Scottish Certificate of Education, 1962
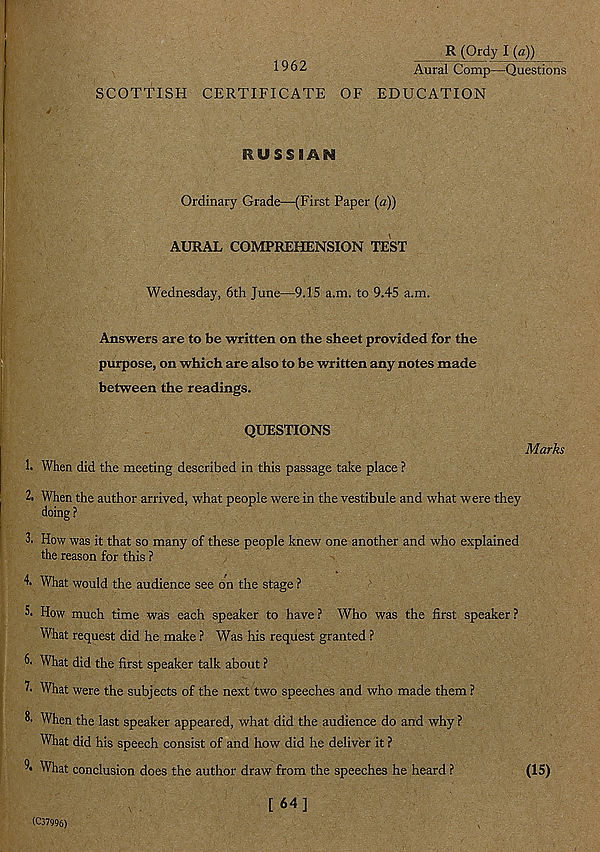
R (Ordy I (a)) _
1962
Aural Comp—Questions
SCOTTISH CERTIFICATE OF EDUCATION
RUSSIAN
Ordinary Grade—(First Paper (a))
AURAL COMPREHENSION TEST
Wednesday, 6th June—9.15 a.m. to 9.45 a.m.
Marks
Answers are to be written on the sheet provided for the
purpose, on which are also to be written any notes made
between the readings.
QUESTIONS
1. When did the meeting described in this passage take place ?
2. When the author arrived, what people were in the vestibule and what were they
doing ?
3. How was it that so many of these people knew one another and who explained
the reason for this ?
4. What would the audience see on the stage ?
5. How much time was each speaker to have ? Who was the first speaker ?
What request did he make ? Was his request granted ?
6. What did the first speaker talk about ?
7. What were the subjects of the next two speeches and who made them ?
& When the last speaker appeared, what did the audience do and why ?
What did his speech consist of and how did he deliver it ?
What conclusion does the author draw from the speeches he heard ?
(15)
(C37996)
[64]